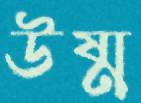
উষ্ম